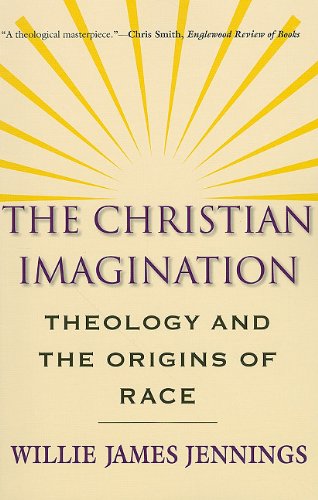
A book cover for The Christian Imagination: Theology and the Origins of Race; Willie James Jennings; History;